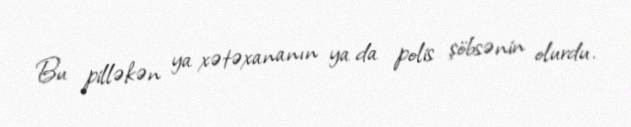
Bu pilləkən ya xətəxananın ya da polis şöbsənin olurdu.